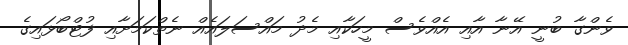
ވެންގާ ބުނީ އޭނާ އާއި އެއްވެސް މީހަކާއި މެދު މައްސަލައެއް ނެތްކަމަށާއި ފުޓްބޯޅައިގެ